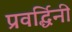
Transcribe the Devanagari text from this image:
प्रवर्द्धिनी